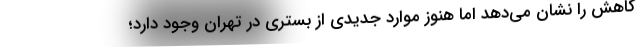
کاهش را نشان می‌دهد اما هنوز موارد جدیدی از بستری در تهران وجود دارد؛